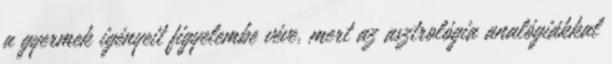
a gyermek igényeit figyelembe véve, mert az asztrológia analógiákkal